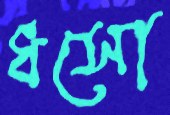
ধসো